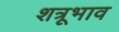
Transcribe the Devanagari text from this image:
शत्रूभाव